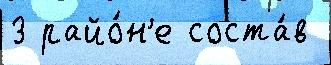
3 райо́н'е соста́в